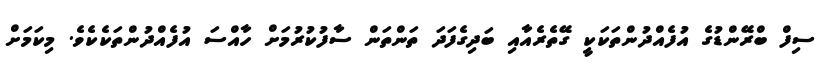
ސިފް ބްރޭންޑުގެ އުފެއްދުންތަކަކީ ގޭތެރެއާއި ބަދިގެފަދަ ތަންތަން ސާފުކުރުމަށް ހާއްސަ އުފެއްދުންތަކެކެވެ. މިކަމަށް